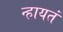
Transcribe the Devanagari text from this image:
न्हायतं